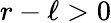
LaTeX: r-\ell>0